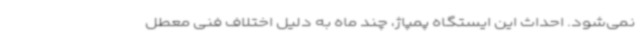
نمی‌شود. احداث این ایستگاه پمپاژ، چند ماه به دلیل اختلاف فنی معطل